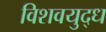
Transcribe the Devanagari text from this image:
विशवयुद्ध